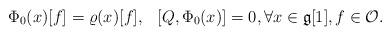
LaTeX: \begin{align*} \Phi_0(x)[f]=\varrho(x)[f], \;\,\; [Q,\Phi_0(x)]=0,\forall x\in \mathfrak{g}[1], f\in \mathcal{O}.\end{align*}